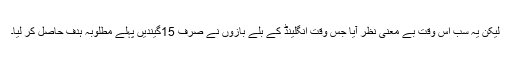
لیکن یہ سب اُس وقت بے معنی نظر آیا جس وقت انگلینڈ کے بلے بازوں نے صرف 15گیندیں پہلے مطلوبہ ہدف حاصل کر لیا۔